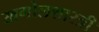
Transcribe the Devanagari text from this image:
खगोलशास्‍त्री